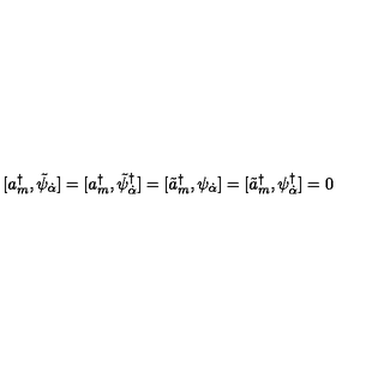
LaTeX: [ a _ { m } ^ { \dagger } , \tilde { \psi } _ { \dot { \alpha } } ] = [ a _ { m } ^ { \dagger } , \tilde { \psi } _ { \dot { \alpha } } ^ { \dagger } ] = [ \tilde { a } _ { m } ^ { \dagger } , \psi _ { \dot { \alpha } } ] = [ \tilde { a } _ { m } ^ { \dagger } , \psi _ { \dot { \alpha } } ^ { \dagger } ] = 0